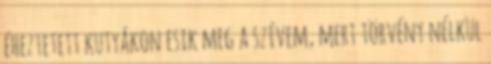
éheztetett kutyákon esik meg a szívem, mert törvény nélkül